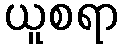
ယူစရာ